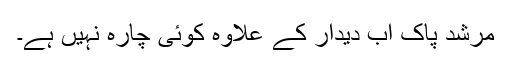
مرشد پاک اب دیدار کے علاوہ کوئی چارہ نہیں ہے۔